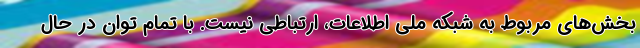
بخش‌های مربوط به شبکه ملی اطلاعات، ارتباطی نیست. با تمام توان در حال